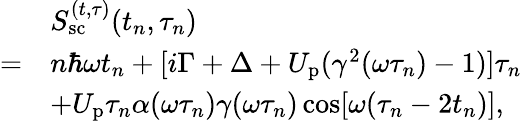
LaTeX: \begin{array}{rl}&{S_{\mathrm{sc}}^{(t,\tau)}(t_{n},\tau_{n})}\\ {=}&{n\hbar\omega t_{n}+[i\Gamma+\Delta+U_{\mathrm{p}}(\gamma^{2}(\omega\tau_{n})-1)]\tau_{n}}\\ &{+U_{\mathrm{p}}\tau_{n}\alpha(\omega\tau_{n})\gamma(\omega\tau_{n})\cos[\omega(\tau_{n}-2t_{n})],}\end{array}